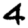
Digit: 4